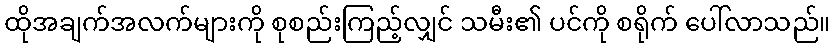
ထိုအချက်အလက်များကို စုစည်းကြည့်လျှင် သမီး၏ ပင်ကို စရိုက် ပေါ်လာသည်။